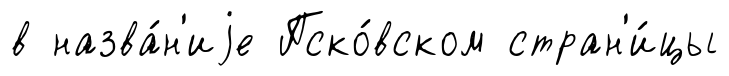
в назва́н'иjе Пско́вском стран'и́цы